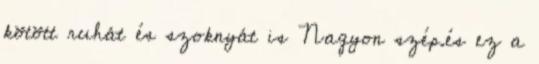
kötött ruhát és szoknyát is Nagyon szép.és ez a